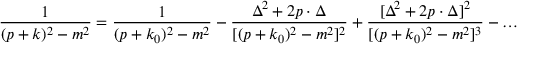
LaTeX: \frac { 1 } { ( p + k ) ^ { 2 } - m ^ { 2 } } = \frac { 1 } { ( p + k _ { 0 } ) ^ { 2 } - m ^ { 2 } } - \frac { \Delta ^ { 2 } + 2 p \cdot \Delta } { [ ( p + k _ { 0 } ) ^ { 2 } - m ^ { 2 } ] ^ { 2 } } + \frac { [ \Delta ^ { 2 } + 2 p \cdot \Delta ] ^ { 2 } } { [ ( p + k _ { 0 } ) ^ { 2 } - m ^ { 2 } ] ^ { 3 } } - \dots